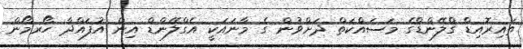
ތައިރޮއިޑް ގްލޭންޑްގެ މަސައްކަތް ދަށްވުން ގެ މާނައަކީ އެގްލޭންޑް އިން އުފައްދާ ހޯރމޯން